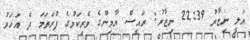
އަލީ ނިޒާރު 22:39 ނިޒާރު: ރައީސް ޔާމިންގެ ވެރިކަމުގެ ފުރަތަމަ ދެ އަހަރު